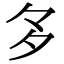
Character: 𭐴